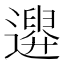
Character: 𨗮